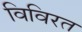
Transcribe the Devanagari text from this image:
विविरत